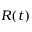
R ( t )